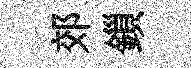
郊鎻